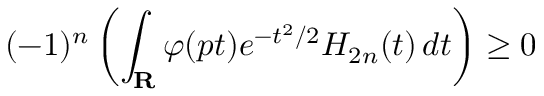
( - 1 ) ^ { n } \left( \int _ { \mathbf { R } } \varphi ( p t ) e ^ { - t ^ { 2 } / 2 } H _ { 2 n } ( t ) \, d t \right) \geq 0